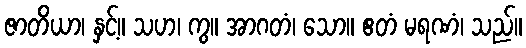
ဇာတိယာ၊ နှင့်။ သဟ၊ ကွ။ အာဂတံ၊ သော။ ဧတံ မရဏံ၊ သည်။